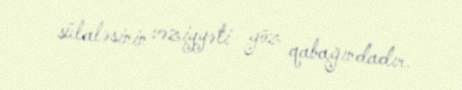
sülaləsinin vəziyyəti göz qabağındadır.